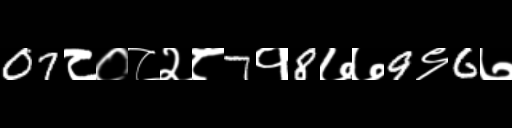
Text: 07८०८२८7१8७७9९6७